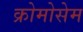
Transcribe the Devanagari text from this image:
क्रोमोसेम